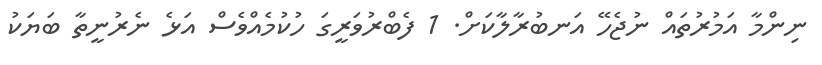
ނިންމާ އަމުރުތައް ނުޖެހޭ އަނބުރާލާކަށް. 1 ފެބްރުވަރީގަ ހުކުމެއްވެސް އަޅެ ނެރުނީތާ ބަޔަކު